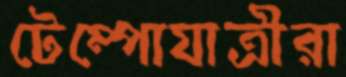
টেম্পোযাত্রীরা